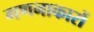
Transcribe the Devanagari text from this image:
गणनाकारों